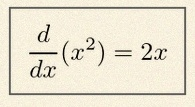
\frac{d}{dx}(x^2)=2x